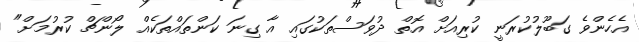
އެހެންވެ ގަބޫލުކުރަނީ ކުރިއަށް އޮތް ދުވަސްތަކުގައި އާ ގިނަ ކަންތައްތަކެއް ލޯންޗް ކުރުމަށް"